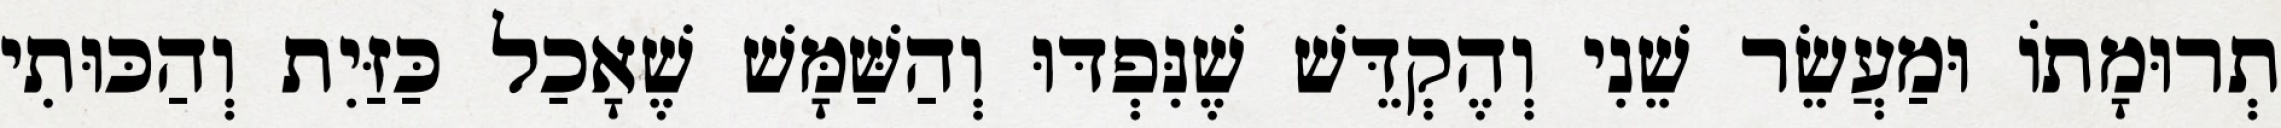
תְרוּמָתוֹ וּמַעֲשֵׂר שֵׁנִי וְהֶקְדֵּשׁ שֶׁנִּפְדּוּ וְהַשַּׁמָּשׁ שֶׁאָכַל כַּזַּיִת וְהַכּוּתִי